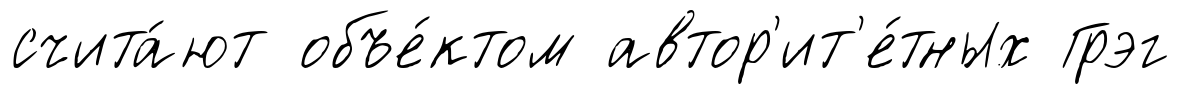
счита́ют объе́ктом автор'ит'е́тных Грэг